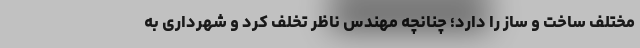
مختلف ساخت و ساز را دارد؛ چنانچه مهندس ناظر تخلف کرد و شهرداری به